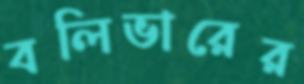
বলিভারের